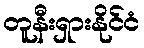
တူနီးရှားနိုင်ငံ